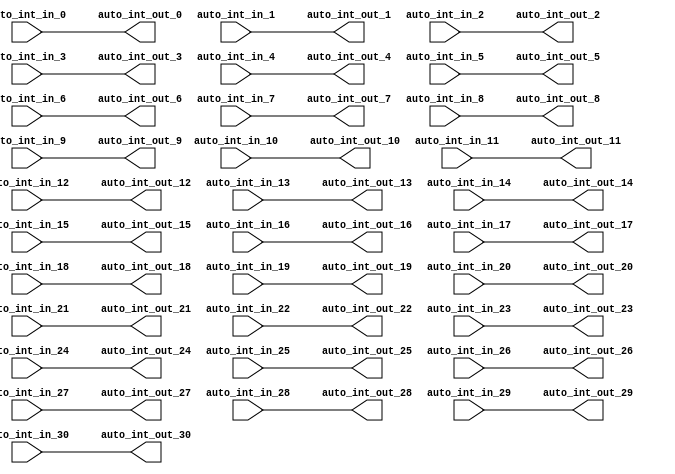
// Copyright (c) 2017, Microsemi Corporation
// All rights reserved.
//
// Redistribution and use in source and binary forms, with or without
// modification, are permitted provided that the following conditions are met:
//     * Redistributions of source code must retain the above copyright
//       notice, this list of conditions and the following disclaimer.
//     * Redistributions in binary form must reproduce the above copyright
//       notice, this list of conditions and the following disclaimer in the
//       documentation and/or other materials provided with the distribution.
//     * Neither the name of the <organization> nor the
//       names of its contributors may be used to endorse or promote products
//       derived from this software without specific prior written permission.
//
// THIS SOFTWARE IS PROVIDED BY THE COPYRIGHT HOLDERS AND CONTRIBUTORS "AS IS" AND
// ANY EXPRESS OR IMPLIED WARRANTIES, INCLUDING, BUT NOT LIMITED TO, THE IMPLIED
// WARRANTIES OF MERCHANTABILITY AND FITNESS FOR A PARTICULAR PURPOSE ARE
// DISCLAIMED. IN NO EVENT SHALL MICROSEMI CORPORATIONM BE LIABLE FOR ANY
// DIRECT, INDIRECT, INCIDENTAL, SPECIAL, EXEMPLARY, OR CONSEQUENTIAL DAMAGES
// (INCLUDING, BUT NOT LIMITED TO, PROCUREMENT OF SUBSTITUTE GOODS OR SERVICES;
// LOSS OF USE, DATA, OR PROFITS; OR BUSINESS INTERRUPTION) HOWEVER CAUSED AND
// ON ANY THEORY OF LIABILITY, WHETHER IN CONTRACT, STRICT LIABILITY, OR TORT
// (INCLUDING NEGLIGENCE OR OTHERWISE) ARISING IN ANY WAY OUT OF THE USE OF THIS
// SOFTWARE, EVEN IF ADVISED OF THE POSSIBILITY OF SUCH DAMAGE.
//
// APACHE LICENSE
// Copyright (c) 2017, Microsemi Corporation 
//
// Licensed under the Apache License, Version 2.0 (the "License");
// you may not use this file except in compliance with the License.
// You may obtain a copy of the License at
//
//    http://www.apache.org/licenses/LICENSE-2.0
//
// Unless required by applicable law or agreed to in writing, software
// distributed under the License is distributed on an "AS IS" BASIS,
// WITHOUT WARRANTIES OR CONDITIONS OF ANY KIND, either express or implied.
// See the License for the specific language governing permissions and
// limitations under the License.
//
// Description:
//
// SVN Revision Information:
// SVN $Revision: $
// SVN $Date: $
//
// Resolved SARs
// SAR      Date     Who   Description
//
// Notes:
//
// ****************************************************************************/
`ifndef RANDOMIZE_REG_INIT 
	 `define RANDOMIZE_REG_INIT 
 `endif
`ifndef RANDOMIZE_MEM_INIT 
	 `define RANDOMIZE_MEM_INIT 
 `endif
`ifndef RANDOMIZE 
	 `define RANDOMIZE 
`endif

`timescale 1ns/10ps
module MiV_Core32_MiV_Core32_0_MIV_RV32IMA_L1_AHB_INT_XBAR( // @[:freechips.rocketchip.system.MivRV32ImaL1AhbConfig.fir@3.2]
  input   auto_int_in_0, // @[:freechips.rocketchip.system.MivRV32ImaL1AhbConfig.fir@6.4]
  input   auto_int_in_1, // @[:freechips.rocketchip.system.MivRV32ImaL1AhbConfig.fir@6.4]
  input   auto_int_in_2, // @[:freechips.rocketchip.system.MivRV32ImaL1AhbConfig.fir@6.4]
  input   auto_int_in_3, // @[:freechips.rocketchip.system.MivRV32ImaL1AhbConfig.fir@6.4]
  input   auto_int_in_4, // @[:freechips.rocketchip.system.MivRV32ImaL1AhbConfig.fir@6.4]
  input   auto_int_in_5, // @[:freechips.rocketchip.system.MivRV32ImaL1AhbConfig.fir@6.4]
  input   auto_int_in_6, // @[:freechips.rocketchip.system.MivRV32ImaL1AhbConfig.fir@6.4]
  input   auto_int_in_7, // @[:freechips.rocketchip.system.MivRV32ImaL1AhbConfig.fir@6.4]
  input   auto_int_in_8, // @[:freechips.rocketchip.system.MivRV32ImaL1AhbConfig.fir@6.4]
  input   auto_int_in_9, // @[:freechips.rocketchip.system.MivRV32ImaL1AhbConfig.fir@6.4]
  input   auto_int_in_10, // @[:freechips.rocketchip.system.MivRV32ImaL1AhbConfig.fir@6.4]
  input   auto_int_in_11, // @[:freechips.rocketchip.system.MivRV32ImaL1AhbConfig.fir@6.4]
  input   auto_int_in_12, // @[:freechips.rocketchip.system.MivRV32ImaL1AhbConfig.fir@6.4]
  input   auto_int_in_13, // @[:freechips.rocketchip.system.MivRV32ImaL1AhbConfig.fir@6.4]
  input   auto_int_in_14, // @[:freechips.rocketchip.system.MivRV32ImaL1AhbConfig.fir@6.4]
  input   auto_int_in_15, // @[:freechips.rocketchip.system.MivRV32ImaL1AhbConfig.fir@6.4]
  input   auto_int_in_16, // @[:freechips.rocketchip.system.MivRV32ImaL1AhbConfig.fir@6.4]
  input   auto_int_in_17, // @[:freechips.rocketchip.system.MivRV32ImaL1AhbConfig.fir@6.4]
  input   auto_int_in_18, // @[:freechips.rocketchip.system.MivRV32ImaL1AhbConfig.fir@6.4]
  input   auto_int_in_19, // @[:freechips.rocketchip.system.MivRV32ImaL1AhbConfig.fir@6.4]
  input   auto_int_in_20, // @[:freechips.rocketchip.system.MivRV32ImaL1AhbConfig.fir@6.4]
  input   auto_int_in_21, // @[:freechips.rocketchip.system.MivRV32ImaL1AhbConfig.fir@6.4]
  input   auto_int_in_22, // @[:freechips.rocketchip.system.MivRV32ImaL1AhbConfig.fir@6.4]
  input   auto_int_in_23, // @[:freechips.rocketchip.system.MivRV32ImaL1AhbConfig.fir@6.4]
  input   auto_int_in_24, // @[:freechips.rocketchip.system.MivRV32ImaL1AhbConfig.fir@6.4]
  input   auto_int_in_25, // @[:freechips.rocketchip.system.MivRV32ImaL1AhbConfig.fir@6.4]
  input   auto_int_in_26, // @[:freechips.rocketchip.system.MivRV32ImaL1AhbConfig.fir@6.4]
  input   auto_int_in_27, // @[:freechips.rocketchip.system.MivRV32ImaL1AhbConfig.fir@6.4]
  input   auto_int_in_28, // @[:freechips.rocketchip.system.MivRV32ImaL1AhbConfig.fir@6.4]
  input   auto_int_in_29, // @[:freechips.rocketchip.system.MivRV32ImaL1AhbConfig.fir@6.4]
  input   auto_int_in_30, // @[:freechips.rocketchip.system.MivRV32ImaL1AhbConfig.fir@6.4]
  output  auto_int_out_0, // @[:freechips.rocketchip.system.MivRV32ImaL1AhbConfig.fir@6.4]
  output  auto_int_out_1, // @[:freechips.rocketchip.system.MivRV32ImaL1AhbConfig.fir@6.4]
  output  auto_int_out_2, // @[:freechips.rocketchip.system.MivRV32ImaL1AhbConfig.fir@6.4]
  output  auto_int_out_3, // @[:freechips.rocketchip.system.MivRV32ImaL1AhbConfig.fir@6.4]
  output  auto_int_out_4, // @[:freechips.rocketchip.system.MivRV32ImaL1AhbConfig.fir@6.4]
  output  auto_int_out_5, // @[:freechips.rocketchip.system.MivRV32ImaL1AhbConfig.fir@6.4]
  output  auto_int_out_6, // @[:freechips.rocketchip.system.MivRV32ImaL1AhbConfig.fir@6.4]
  output  auto_int_out_7, // @[:freechips.rocketchip.system.MivRV32ImaL1AhbConfig.fir@6.4]
  output  auto_int_out_8, // @[:freechips.rocketchip.system.MivRV32ImaL1AhbConfig.fir@6.4]
  output  auto_int_out_9, // @[:freechips.rocketchip.system.MivRV32ImaL1AhbConfig.fir@6.4]
  output  auto_int_out_10, // @[:freechips.rocketchip.system.MivRV32ImaL1AhbConfig.fir@6.4]
  output  auto_int_out_11, // @[:freechips.rocketchip.system.MivRV32ImaL1AhbConfig.fir@6.4]
  output  auto_int_out_12, // @[:freechips.rocketchip.system.MivRV32ImaL1AhbConfig.fir@6.4]
  output  auto_int_out_13, // @[:freechips.rocketchip.system.MivRV32ImaL1AhbConfig.fir@6.4]
  output  auto_int_out_14, // @[:freechips.rocketchip.system.MivRV32ImaL1AhbConfig.fir@6.4]
  output  auto_int_out_15, // @[:freechips.rocketchip.system.MivRV32ImaL1AhbConfig.fir@6.4]
  output  auto_int_out_16, // @[:freechips.rocketchip.system.MivRV32ImaL1AhbConfig.fir@6.4]
  output  auto_int_out_17, // @[:freechips.rocketchip.system.MivRV32ImaL1AhbConfig.fir@6.4]
  output  auto_int_out_18, // @[:freechips.rocketchip.system.MivRV32ImaL1AhbConfig.fir@6.4]
  output  auto_int_out_19, // @[:freechips.rocketchip.system.MivRV32ImaL1AhbConfig.fir@6.4]
  output  auto_int_out_20, // @[:freechips.rocketchip.system.MivRV32ImaL1AhbConfig.fir@6.4]
  output  auto_int_out_21, // @[:freechips.rocketchip.system.MivRV32ImaL1AhbConfig.fir@6.4]
  output  auto_int_out_22, // @[:freechips.rocketchip.system.MivRV32ImaL1AhbConfig.fir@6.4]
  output  auto_int_out_23, // @[:freechips.rocketchip.system.MivRV32ImaL1AhbConfig.fir@6.4]
  output  auto_int_out_24, // @[:freechips.rocketchip.system.MivRV32ImaL1AhbConfig.fir@6.4]
  output  auto_int_out_25, // @[:freechips.rocketchip.system.MivRV32ImaL1AhbConfig.fir@6.4]
  output  auto_int_out_26, // @[:freechips.rocketchip.system.MivRV32ImaL1AhbConfig.fir@6.4]
  output  auto_int_out_27, // @[:freechips.rocketchip.system.MivRV32ImaL1AhbConfig.fir@6.4]
  output  auto_int_out_28, // @[:freechips.rocketchip.system.MivRV32ImaL1AhbConfig.fir@6.4]
  output  auto_int_out_29, // @[:freechips.rocketchip.system.MivRV32ImaL1AhbConfig.fir@6.4]
  output  auto_int_out_30 // @[:freechips.rocketchip.system.MivRV32ImaL1AhbConfig.fir@6.4]
);
  assign auto_int_out_0 = auto_int_in_0;
  assign auto_int_out_1 = auto_int_in_1;
  assign auto_int_out_2 = auto_int_in_2;
  assign auto_int_out_3 = auto_int_in_3;
  assign auto_int_out_4 = auto_int_in_4;
  assign auto_int_out_5 = auto_int_in_5;
  assign auto_int_out_6 = auto_int_in_6;
  assign auto_int_out_7 = auto_int_in_7;
  assign auto_int_out_8 = auto_int_in_8;
  assign auto_int_out_9 = auto_int_in_9;
  assign auto_int_out_10 = auto_int_in_10;
  assign auto_int_out_11 = auto_int_in_11;
  assign auto_int_out_12 = auto_int_in_12;
  assign auto_int_out_13 = auto_int_in_13;
  assign auto_int_out_14 = auto_int_in_14;
  assign auto_int_out_15 = auto_int_in_15;
  assign auto_int_out_16 = auto_int_in_16;
  assign auto_int_out_17 = auto_int_in_17;
  assign auto_int_out_18 = auto_int_in_18;
  assign auto_int_out_19 = auto_int_in_19;
  assign auto_int_out_20 = auto_int_in_20;
  assign auto_int_out_21 = auto_int_in_21;
  assign auto_int_out_22 = auto_int_in_22;
  assign auto_int_out_23 = auto_int_in_23;
  assign auto_int_out_24 = auto_int_in_24;
  assign auto_int_out_25 = auto_int_in_25;
  assign auto_int_out_26 = auto_int_in_26;
  assign auto_int_out_27 = auto_int_in_27;
  assign auto_int_out_28 = auto_int_in_28;
  assign auto_int_out_29 = auto_int_in_29;
  assign auto_int_out_30 = auto_int_in_30;
endmodule